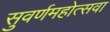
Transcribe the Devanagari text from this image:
सुवर्णमहोत्सवा